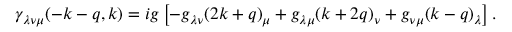
\gamma _ { \lambda \nu \mu } ( - k - q , k ) = i g \left[ - g _ { \lambda \nu } ( 2 k + q ) _ { \mu } + g _ { \lambda \mu } ( k + 2 q ) _ { \nu } + g _ { \nu \mu } ( k - q ) _ { \lambda } \right] .